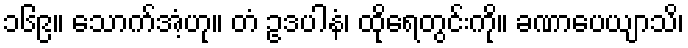
၁၆၉။ သောက်အံ့ဟု။ တံ ဥဒပါနံ၊ ထိုရေတွင်းကို။ ခဏာပေယျာသိ၊